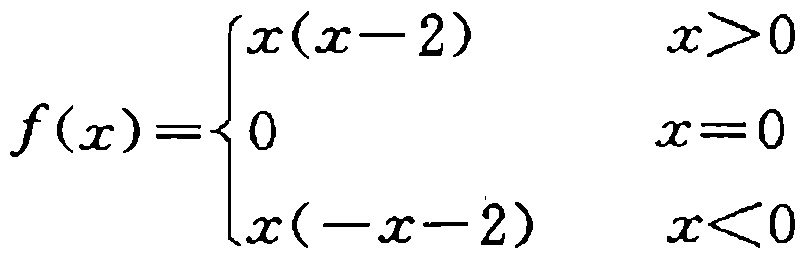
\[

f(x)=

\begin{cases}

x(x - 2) & x>0 \\

0 & x = 0 \\

x(-x - 2) & x<0

\end{cases}

\]